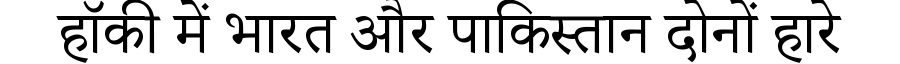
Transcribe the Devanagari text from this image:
हॉकी में भारत और पाकिस्तान दोनों हारे